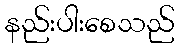
နည်းပါးစေသည်